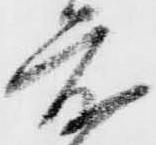
度